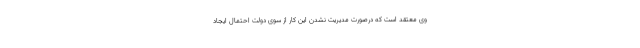
وی معتقد است که درصورت مدیریت نشدن این کار از سوی دولت احتمال ایجاد